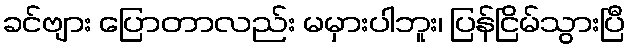
ခင်ဗျား ပြောတာလည်း မမှားပါဘူး၊ ပြန်ငြိမ်သွားပြီ